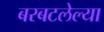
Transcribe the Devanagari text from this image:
बरबटलेल्या